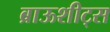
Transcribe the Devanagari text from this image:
ब्राऊशीट्स